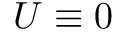
U \equiv 0